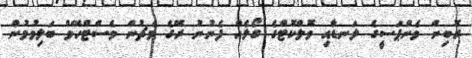
ރޮބިން ވެންޕަސީގެ ލަނޑާއި ވޮލްކޮޓްގެ ގޯލެއް ފެނުނު ރޭގެ މެޗުން ވެސްޓްހޭމް ބަލިވުމުން